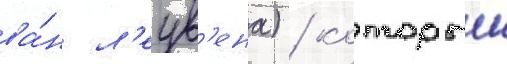
ва́н л'еув'ена) / которыи